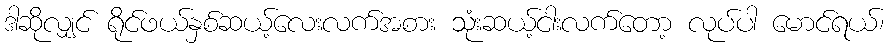
ဒါဆိုလျှင် ရိုင်ဖယ်နှစ်ဆယ့်လေးလက်အစား သုံးဆယ့်ငါးလက်တော့ လုပ်ပါ မောင်ရယ်၊